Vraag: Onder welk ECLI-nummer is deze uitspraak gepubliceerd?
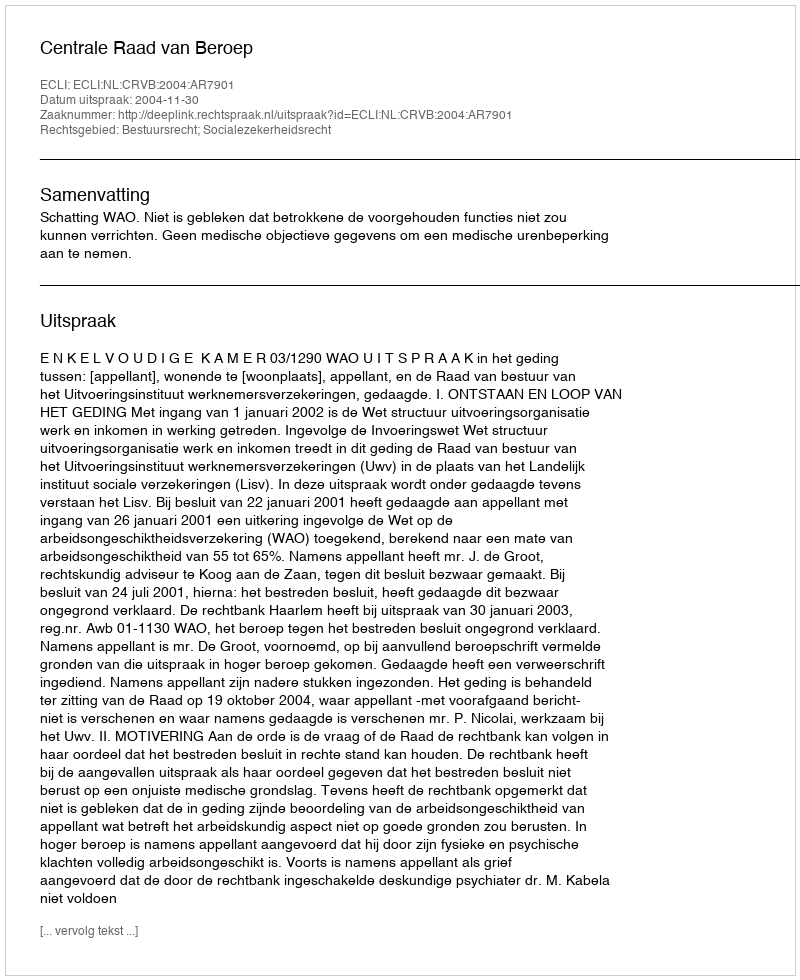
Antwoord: ECLI:NL:CRVB:2004:AR7901